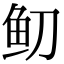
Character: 鱽